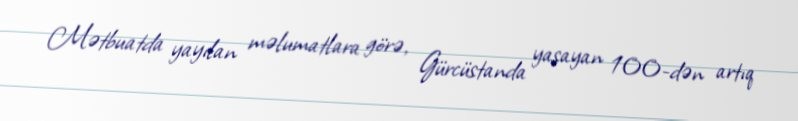
Mətbuatda yayılan məlumatlara görə, Gürcüstanda yaşayan 100-dən artıq